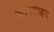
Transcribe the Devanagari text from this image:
ज्ञानवाहन